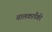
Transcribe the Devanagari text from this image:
चालकांपैकी